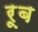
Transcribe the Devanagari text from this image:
रूब